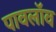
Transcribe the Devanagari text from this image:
पावलॉव